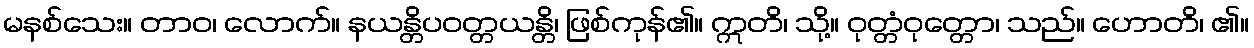
မနစ်သေး။ တာဝ၊ လောက်။ နယန္တိပဝတ္တယန္တိ၊ ဖြစ်ကုန်၏။ ဣတိ၊ သို့။ ဝုတ္တံဝုတ္တော၊ သည်။ ဟောတိ၊ ၏။